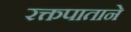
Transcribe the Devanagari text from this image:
रक्तपाताने